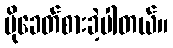
ပိုခေတ်စားခဲ့ပါတယ်။